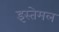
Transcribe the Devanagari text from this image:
इस्तेमल